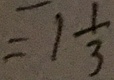
= 1 \frac { 1 } { 3 }